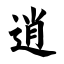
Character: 逍